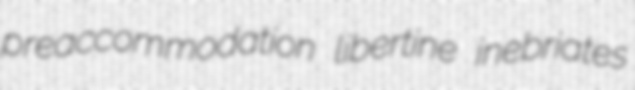
preaccommodation libertine inebriates